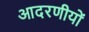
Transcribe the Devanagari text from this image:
आदरणीयों